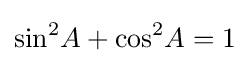
\sin ^{2}\!A+\cos ^{2}\!A=1